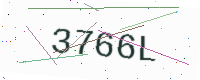
Text: 3766L